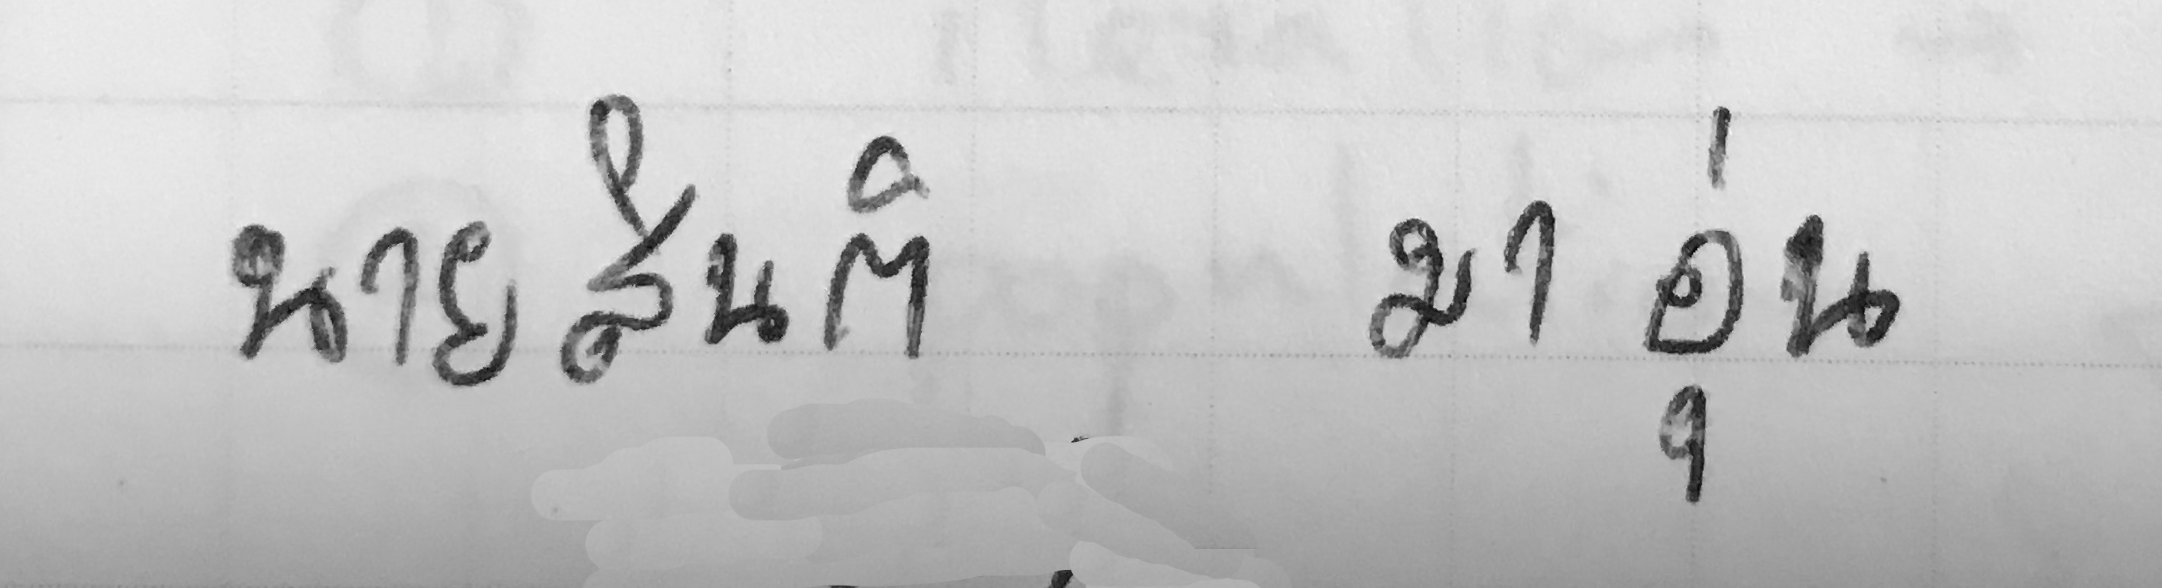
นายสันติ มาอุ่น